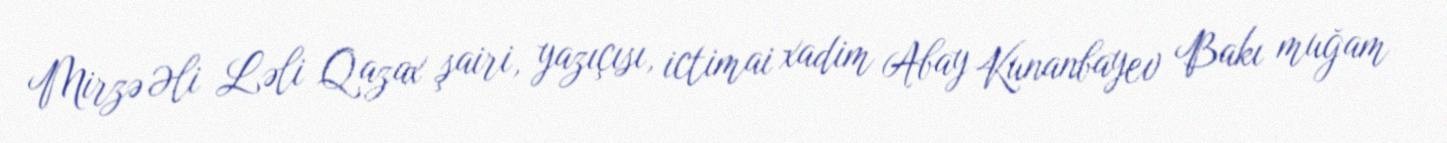
Mirzə Əli Ləli Qazax şairi, yazıçısı, ictimai xadim Abay Kunanbayev Bakı muğam